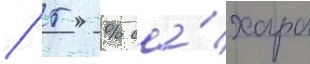
/ 5 % са́хара